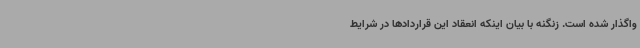
واگذار شده است. زنگنه با بیان اینکه انعقاد این قراردادها در شرایط